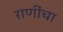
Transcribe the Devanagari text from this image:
राणींचा